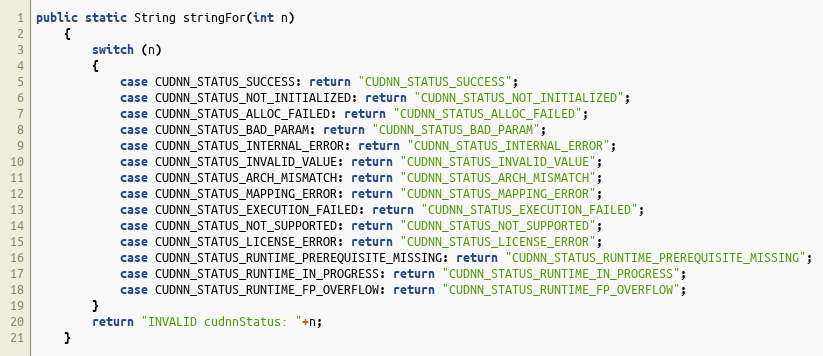
Language: Java
public static String stringFor(int n)
    {
        switch (n)
        {
            case CUDNN_STATUS_SUCCESS: return "CUDNN_STATUS_SUCCESS";
            case CUDNN_STATUS_NOT_INITIALIZED: return "CUDNN_STATUS_NOT_INITIALIZED";
            case CUDNN_STATUS_ALLOC_FAILED: return "CUDNN_STATUS_ALLOC_FAILED";
            case CUDNN_STATUS_BAD_PARAM: return "CUDNN_STATUS_BAD_PARAM";
            case CUDNN_STATUS_INTERNAL_ERROR: return "CUDNN_STATUS_INTERNAL_ERROR";
            case CUDNN_STATUS_INVALID_VALUE: return "CUDNN_STATUS_INVALID_VALUE";
            case CUDNN_STATUS_ARCH_MISMATCH: return "CUDNN_STATUS_ARCH_MISMATCH";
            case CUDNN_STATUS_MAPPING_ERROR: return "CUDNN_STATUS_MAPPING_ERROR";
            case CUDNN_STATUS_EXECUTION_FAILED: return "CUDNN_STATUS_EXECUTION_FAILED";
            case CUDNN_STATUS_NOT_SUPPORTED: return "CUDNN_STATUS_NOT_SUPPORTED";
            case CUDNN_STATUS_LICENSE_ERROR: return "CUDNN_STATUS_LICENSE_ERROR";
            case CUDNN_STATUS_RUNTIME_PREREQUISITE_MISSING: return "CUDNN_STATUS_RUNTIME_PREREQUISITE_MISSING";
            case CUDNN_STATUS_RUNTIME_IN_PROGRESS: return "CUDNN_STATUS_RUNTIME_IN_PROGRESS";
            case CUDNN_STATUS_RUNTIME_FP_OVERFLOW: return "CUDNN_STATUS_RUNTIME_FP_OVERFLOW";
        }
        return "INVALID cudnnStatus: "+n;
    }